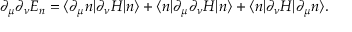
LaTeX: \partial _ { \mu } \partial _ { \nu } E _ { n } = \langle \partial _ { \mu } n | \partial _ { \nu } H | n \rangle + \langle n | \partial _ { \mu } \partial _ { \nu } H | n \rangle + \langle n | \partial _ { \nu } H | \partial _ { \mu } n \rangle .